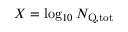
X = \log _ { 1 0 } \ensuremath { N _ { \mathrm { Q , t o t } } }